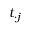
t _ { \cdot j }